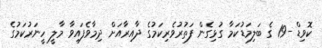
ކޮވިޑް -19 ގެ ބަލިމަޑުކަމާ ގުޅިގެން ފަތުރުވެރިކަމުގެ ދާއިރާއަށް ދިމާވެފައިވާ މާލީ ހީނަރުކަމުގެ